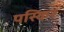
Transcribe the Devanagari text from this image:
पस्किर